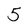
Character: 5